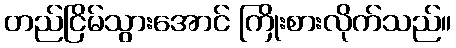
တည်ငြိမ်သွားအောင် ကြိုးစားလိုက်သည်။